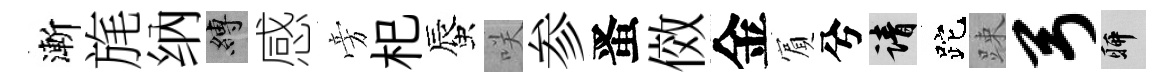
漸旄纳縛感旁𣏌蜃咲参󱉠傚金賔兮請跎踈弓聊